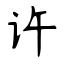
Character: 许